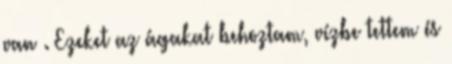
van . Ezeket az ágakat behoztam, vízbe tettem és